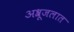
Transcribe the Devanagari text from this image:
अश्रूजलात